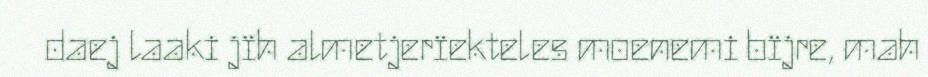
daej laaki jïh almetjerïekteles moenemi bïjre, mah